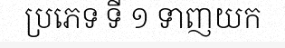
ប្រភេទ ទី ១ ទាញយក